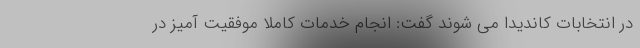
در انتخابات کاندیدا می شوند گفت: انجام خدمات کاملا موفقیت آمیز در